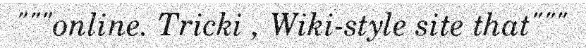
"""online. Tricki , Wiki-style site that"""